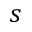
s